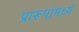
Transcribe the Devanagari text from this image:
प्रारूपांमध्ये